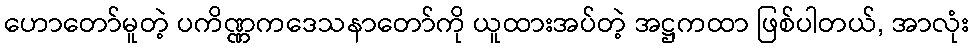
ဟောတော်မူတဲ့ ပကိဏ္ဏကဒေသနာတော်ကို ယူထားအပ်တဲ့ အဋ္ဌကထာ ဖြစ်ပါတယ်, အာလုံး